Piroplasma canis and its life cycle in the tick - Number 29
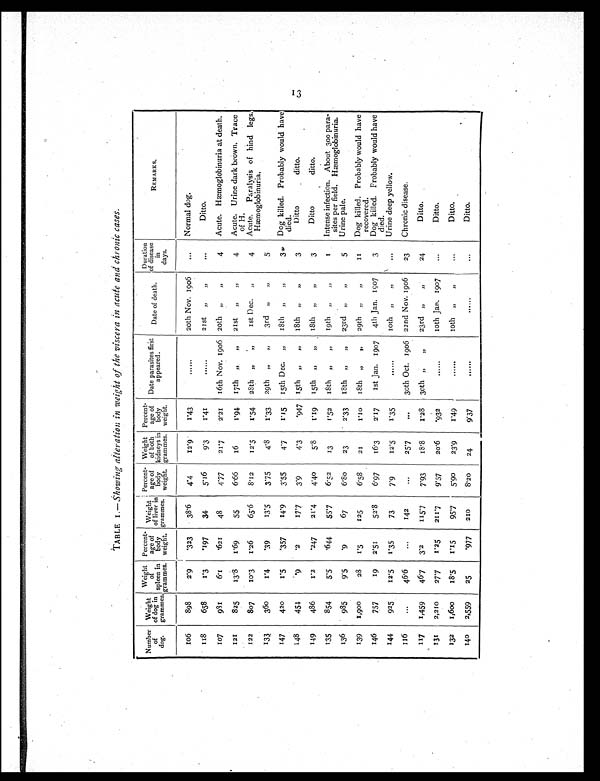
TABLE I.— Showing alteration in weight of the viscera in acute and chronic cases.
N u m b e r
of
dog.
Weight
of dog in
grammes.
Weight
of
spleen in.
grammes.
Percent-
age of
body weight.
Weight
of liver in
grammes.
Percent-
age of
body
weight.
Weight
of both
kidneys in
grammes.
Percent-
age of
body
weight.
Date parasites first
appeared.
Date of death.
Duration
of disease
in
days.
REMARKS.
106
898
2.9 .323
38.6
4.4
12. ' 9
1.43
......
20th Nov. 1906
...
Normal dog.
118
658
1.3
.197
34
5.16
9.3
1. 41
......
21st
,,
, ,
. . .
Ditto.
107
981
6.1
.621
48
4.77
21.7
2.21
16th Nov. 1906 20th „
„
4
Acute. Hæmoglobinuria at death.
121
825
13.8
1.69
55
6.66
16
1.94
17th
,,
„
21st
„
„
4
Acute. Urine dark brown. Trace
of H.
122
807
10.3
1.26
65.6
8.12
I2.5
1.54
28th
„
„
1st Dec.
„
4
Acute. Paralysis of hind legs.
Hæmoglobinuria.
133
360
1.4
.39
13.5
3.75
4.8
1. 33 29th „ , ,
3rd ,,
,,
5
147
420
1.5
.357
14.9
3.55
4.7
1. 15
15th Dec.
„
18th „
„
3„
Dog killed. Probably would have,
died.
148
451
.9
.2
177
3.9
4.3
.947 15th
,,
,,
18th ,,
, ,
3
Ditto
ditto.
1 49
486
1.2
.247
21.4
4.40
5.40
1 . 1 9
1 5 th ,,
,,
18th
,, ,,
3
Ditto
ditto.
135
854
5.5
.644
55.7
6.52
13
1.52
18th
„
„
19th
„
„
1
Intense infection. About 300 para-
sites per field. Hæmoglobinuria.
136
985
9.5
.9
67
6.80
23
2.33
18th
,, ,,
23rd ,,
, ,
5
Urine pale.
139
1,900
28
1.5
125
6.58
21
1.10
18th
„
,,
29th ,, ,,
II
Dog killed. Probably would have
recovered.
146
757
19
2.51
52.8
6.97
16.3
2.17
1st Jan. 1907
4th Jan. 1907
3
Dog killed. Probably would have
died.
144
925
12.5
1.35
73
7.9
12.5
1.35
......
10th ,,
, ,
. . .
Urine deep yellow.
116
. . .
46.6
...
142
...
25.7
. . .
30th Oct. 1906 22nd Nov. 1906
23
Chronic disease.
117
1,459
467
3.2
115.7
7.93
18.8
1.28
30th „
„
23rd ,,
,,
24
Ditto.
131
2,210
27.7
I.25
211.7
9'57
20.6
.932
......
10th Jan. 1907
. . .
Ditto.
132
1,600
18.5
1.15
95.7
5.90
23.9
1.49
......
10th „
„
. . .
Ditto.
140
2,559
25
.977
210
8.20
24
9.37
......
. . . . . .
...
Ditto.